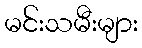
မင်းသမီးများ